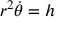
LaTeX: r ^ { 2 } { \dot { \theta } } = h